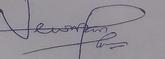
Signature authenticity: genuine